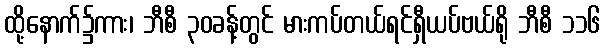
ထို့နောက်၌ကား၊ ဘီစီ ၃၀ခန့်တွင် မားကပ်တယ်ရင်ရှီယပ်ဗယ်ရို ဘီစီ ၁၁၆